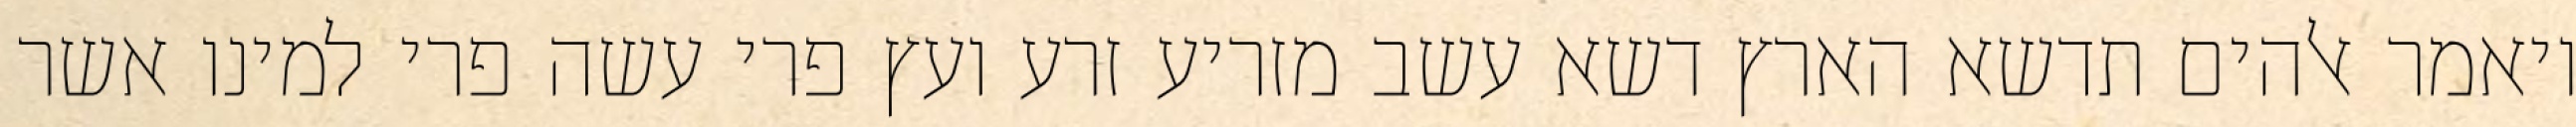
ויאמר אלהים תדשא הארץ דשא עשב מזריע זרע ועץ פרי עשה פרי למינו אשר